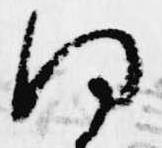
何